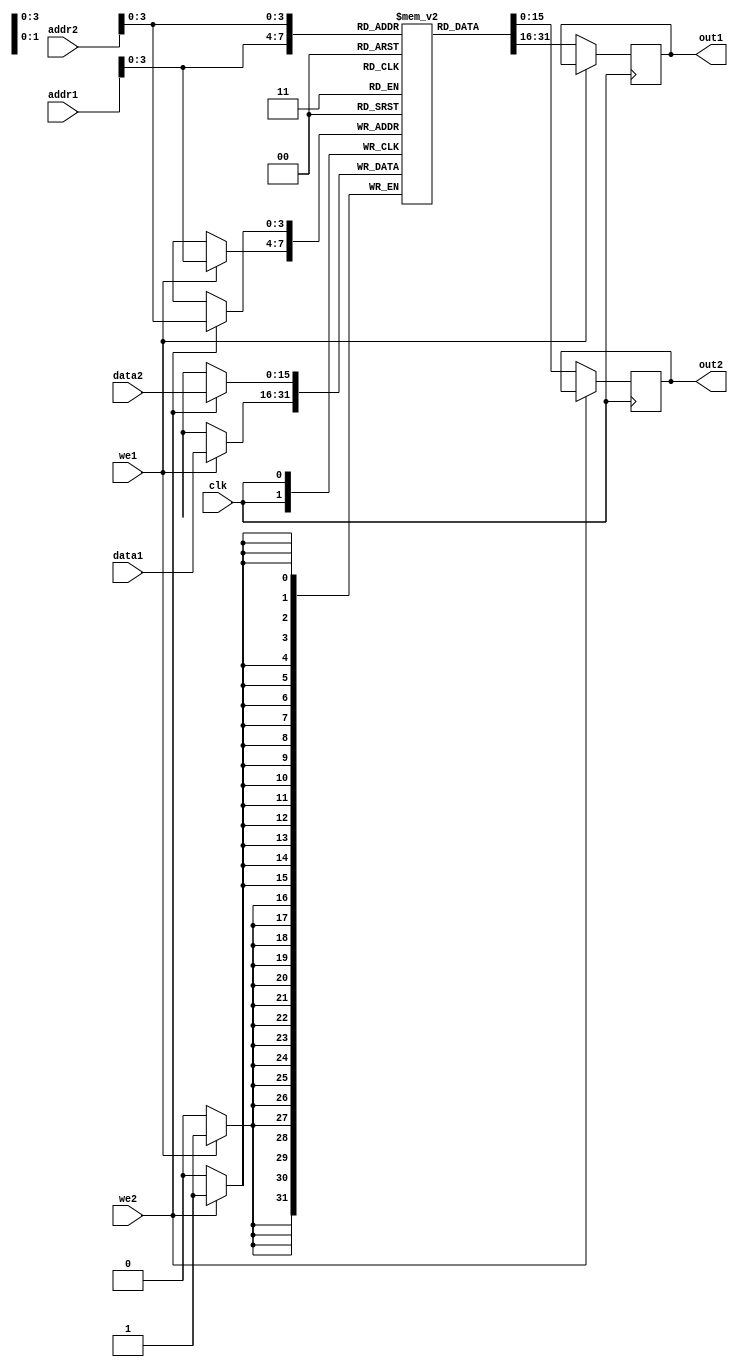
`define SIMULATION_MEMORY

module dual_port_ram(
clk,
addr1,
addr2,
data1,
data2,
we1,
we2,
out1,
out2
);

parameter DATA_WIDTH = 16;
parameter ADDR_WIDTH = 14;
input clk;
input [ADDR_WIDTH-1:0] addr1;
input [ADDR_WIDTH-1:0] addr2;
input [DATA_WIDTH-1:0] data1;
input [DATA_WIDTH-1:0] data2;
input we1;
input we2;
output reg [DATA_WIDTH-1:0] out1;
output reg [DATA_WIDTH-1:0] out2;

reg [DATA_WIDTH-1:0] ram[ADDR_WIDTH-1:0];

always @(posedge clk) begin
  if (we1) begin
    ram[addr1] <= data1;
  end
  else begin
    out1 <= ram[addr1];
  end
end

always @(posedge clk) begin
  if (we2) begin
    ram [addr2] <= data2;
  end
  else begin
    out2 <= ram[addr2];
  end
end

endmodule